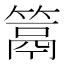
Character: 䈪